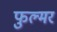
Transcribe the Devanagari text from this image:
फुल्मर